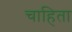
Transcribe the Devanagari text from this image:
चाहिता